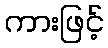
ကားဖြင့်